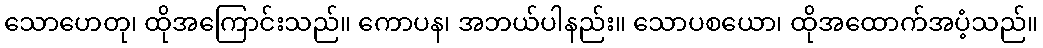
သောဟေတု၊ ထိုအကြောင်းသည်။ ကောပန၊ အဘယ်ပါနည်း။ သောပစယော၊ ထိုအထောက်အပံ့သည်။